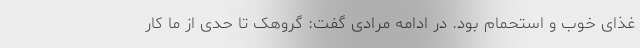
غذای خوب و استحمام بود. در ادامه مرادی گفت: گروهک تا حدی از ما کار